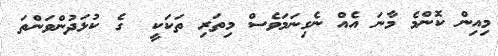
މިއިން ކޮންމެ މާނަ އެއް ނެގިނަމަވެސް މިތަރި ތަކަކީ  ގެ ކުޅަދުންވަންތަ